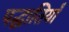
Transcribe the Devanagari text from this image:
पद्धातियाँ